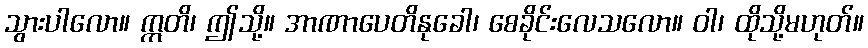
သွားပါလော။ ဣတိ၊ ဤသို့။ အာဏာပေတိနုခေါ၊ စေခိုင်းလေသလော။ ဝါ၊ ထိုသို့မဟုတ်။